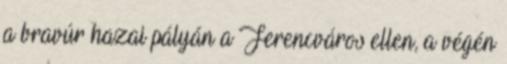
a bravúr hazai pályán a Ferencváros ellen, a végén